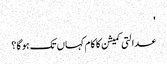
'
عدالتی کمیشن کا کام کہاں تک ہو گا؟